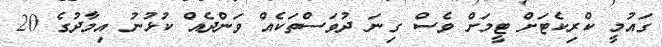
ގައުމީ ކްރިކެޓަށް ޓީމަށް ވެސް ގިނަ ދުވަސްތަކެއް ވަންދެއް ކުޅުނު އިމާދުގެ 20